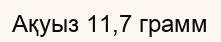
Ақуыз 11,7 грамм